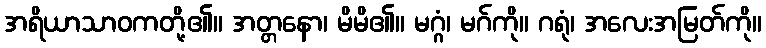
အရိယာသာဝကတို့၏။ အတ္တနော၊ မိမိ၏။ မဂ္ဂံ၊ မဂ်ကို။ ဂရုံ၊ အလေးအမြတ်ကို။